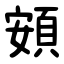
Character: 頞